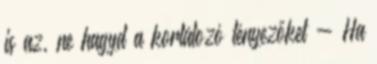
is az, ne hagyd a korlátozó tényezőket - Ha